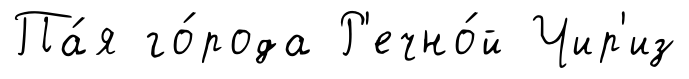
Па́я го́рода Р'ечно́й Чир'из